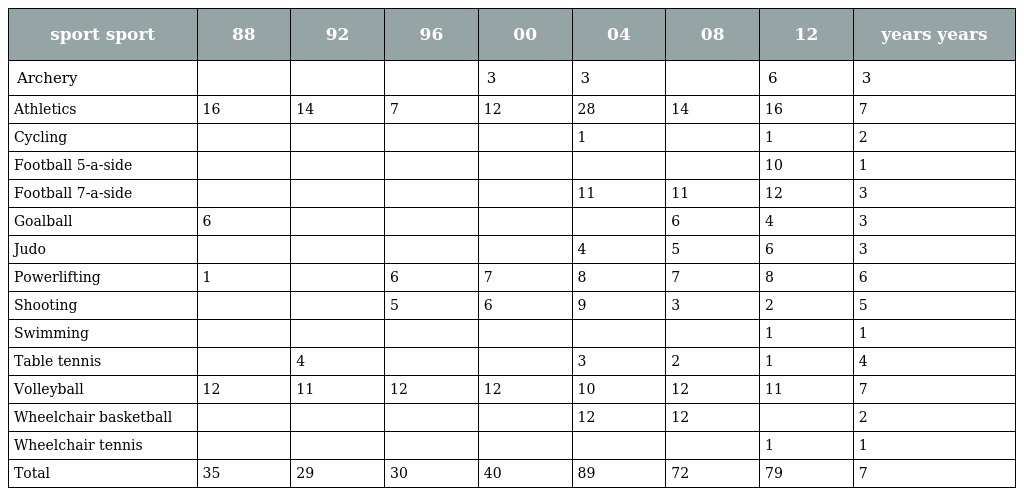
| sport sport | 88 | 92 | 96 | 00 | 04 | 08 | 12 | years years |
 | --- | --- | --- | --- | --- | --- | --- | --- | --- |
 | Archery |  |  |  | 3 | 3 |  | 6 | 3 |
 | Athletics | 16 | 14 | 7 | 12 | 28 | 14 | 16 | 7 |
 | Cycling |  |  |  |  | 1 |  | 1 | 2 |
 | Football 5-a-side |  |  |  |  |  |  | 10 | 1 |
 | Football 7-a-side |  |  |  |  | 11 | 11 | 12 | 3 |
 | Goalball | 6 |  |  |  |  | 6 | 4 | 3 |
 | Judo |  |  |  |  | 4 | 5 | 6 | 3 |
 | Powerlifting | 1 |  | 6 | 7 | 8 | 7 | 8 | 6 |
 | Shooting |  |  | 5 | 6 | 9 | 3 | 2 | 5 |
 | Swimming |  |  |  |  |  |  | 1 | 1 |
 | Table tennis |  | 4 |  |  | 3 | 2 | 1 | 4 |
 | Volleyball | 12 | 11 | 12 | 12 | 10 | 12 | 11 | 7 |
 | Wheelchair basketball |  |  |  |  | 12 | 12 |  | 2 |
 | Wheelchair tennis |  |  |  |  |  |  | 1 | 1 |
 | Total | 35 | 29 | 30 | 40 | 89 | 72 | 79 | 7 |